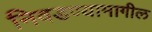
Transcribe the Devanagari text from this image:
निवडण्यामागील